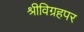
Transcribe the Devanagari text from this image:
श्रीविग्रहपर